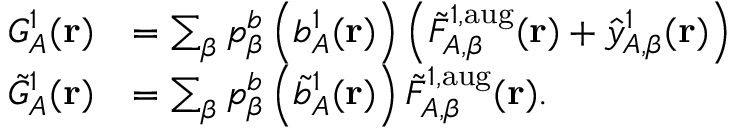
\begin{array} { r l } { G _ { A } ^ { 1 } ( \mathbf { r } ) } & { = \sum _ { \beta } p _ { \beta } ^ { b } \left( b _ { A } ^ { 1 } ( \mathbf { r } ) \right) \left( \tilde { F } _ { A , \beta } ^ { 1 , \mathrm { a u g } } ( \mathbf { r } ) + \hat { y } _ { A , \beta } ^ { 1 } ( \mathbf { r } ) \right) } \\ { \tilde { G } _ { A } ^ { 1 } ( \mathbf { r } ) } & { = \sum _ { \beta } p _ { \beta } ^ { b } \left( \tilde { b } _ { A } ^ { 1 } ( \mathbf { r } ) \right) \tilde { F } _ { A , \beta } ^ { 1 , \mathrm { a u g } } ( \mathbf { r } ) . } \end{array}